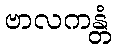
ဗာလကန္တံ